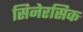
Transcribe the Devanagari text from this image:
सिनेरसिक